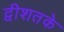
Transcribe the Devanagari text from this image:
द्वीशतके